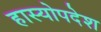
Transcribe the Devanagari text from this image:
हास्योपदेश